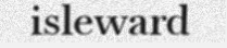
isleward